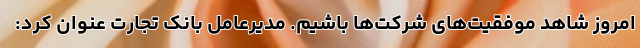
امروز شاهد موفقیت‌های شرکت‌ها باشیم. مدیرعامل بانک تجارت عنوان کرد: